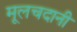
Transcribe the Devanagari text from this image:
मूलचदानी